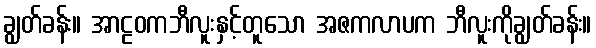
ချွတ်ခန်း။ အာဠဝကဘီလူးနှင့်တူသော အဇကလာပက ဘီလူးကိုချွတ်ခန်း။